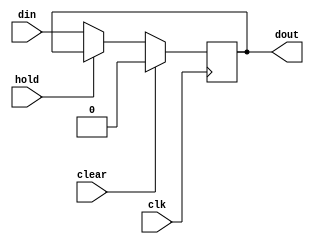
// Copyright 2021 LinYouxu, linyouxu1997@foxmail.com
// Last edit: 2021.07.19
// Pipeline register

module  ysyx_210238_pipeline_reg #(parameter N = 1)
    (
    input              clk,
    input              clear,
    input              hold,
    input      [N-1:0] din,
    output reg [N-1:0] dout
);

always @(posedge clk) begin
    if (clear)
        dout <= {N{1'b0}};
    else if (hold)
        dout <= dout;
    else
        dout <= din;
end


endmodule